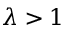
\lambda > 1